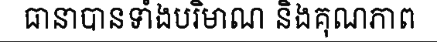
ធានាបានទាំងបរិមាណ និងគុណភាព